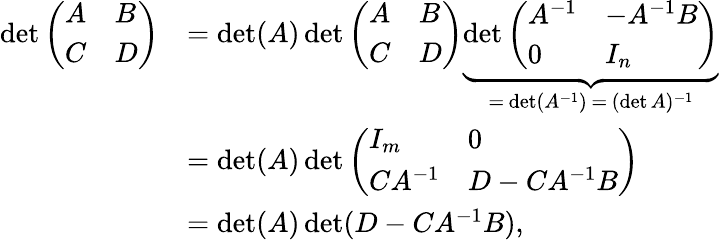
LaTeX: {\begin{array}{rl}{\operatorname*{det}{\left(\begin{array}{ll}{A}&{B}\\ {C}&{D}\end{array}\right)}}&{=\operatorname*{det}(A)\operatorname*{det}{\left(\begin{array}{ll}{A}&{B}\\ {C}&{D}\end{array}\right)}\underbrace{\operatorname*{det}{\left(\begin{array}{ll}{A^{-1}}&{-A^{-1}B}\\ {0}&{I_{n}}\end{array}\right)}}_{=\, \operatorname*{det}(A^{-1})\, =\, (\operatorname*{det}A)^{-1}}}\\ &{=\operatorname*{det}(A)\operatorname*{det}{\left(\begin{array}{ll}{I_{m}}&{0}\\ {CA^{-1}}&{D-CA^{-1}B}\end{array}\right)}}\\ &{=\operatorname*{det}(A)\operatorname*{det}(D-CA^{-1}B),}\end{array}}